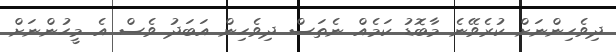
ދިވެހިންނަށް ކުރެވޭނެ މާބޮޑު ކަމެއް ނެތަސް ދިވެހިން އަބަދު ވެސް އެ މީހުންނަށް